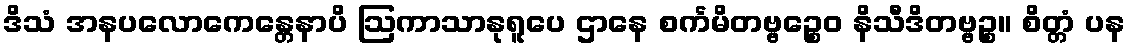
ဒိသံ အနပလောကေန္တေနာပိ ဩကာသာနုရူပေ ဌာနေ စင်္ကမိတဗ္ဗဉ္စေဝ နိသီဒိတဗ္ဗဉ္စ။ စိတ္တံ ပန